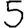
Digit: 5